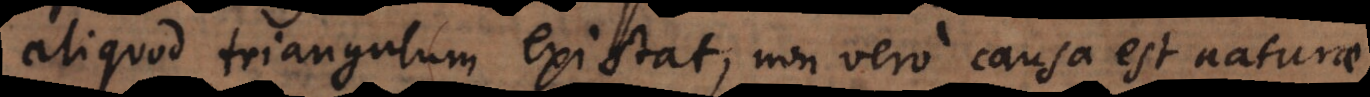
aliquod triangulum existat, non vero causa est naturae